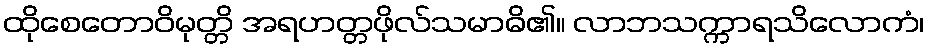
ထိုစေတောဝိမုတ္တိ အရဟတ္တဖိုလ်သမာဓိ၏။ လာဘသက္ကာရသိလောကံ၊